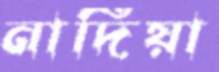
নাদিয়া